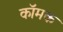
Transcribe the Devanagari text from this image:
कॉमक